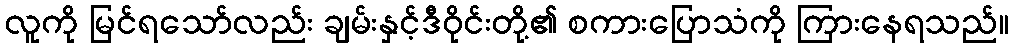
လူကို မြင်ရသော်လည်း ချမ်းနှင့်ဒီဝိုင်းတို့၏ စကားပြောသံကို ကြားနေရသည်။